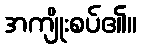
အကျိုးစပ်၏။